Indian Medical Review
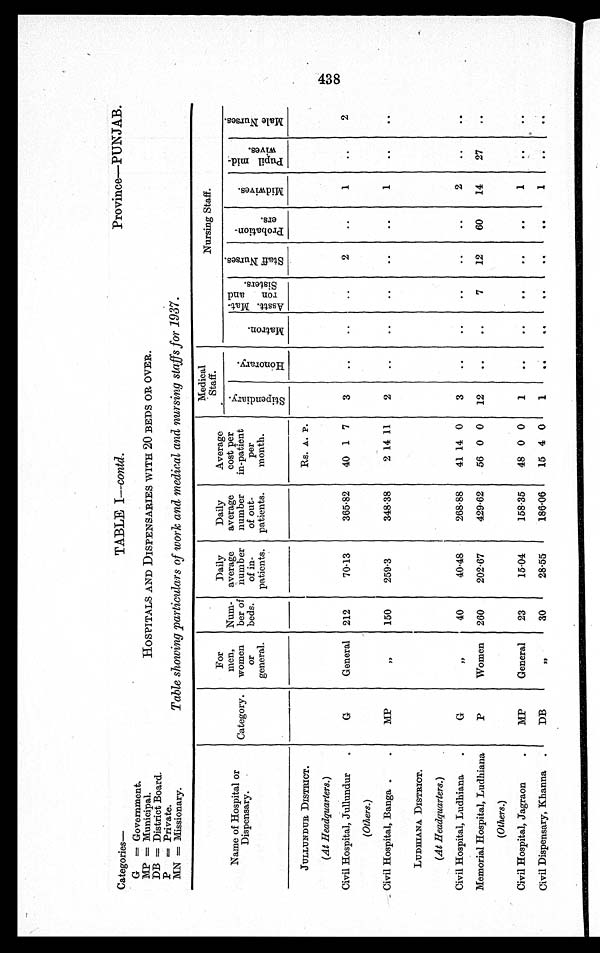
Categories—
TABLE I— contd.
Province—PUNJAB.
G = Government.
MP = Municipal.
HOSPITALS AND DISPENSARIES WITH 20 BEDS OR OVER.
DB = District Board.
P = Private.
MN = Missionary.
Table showing particulars of work and medical and nursing staffs for 1937.
Name of Hospital or
Dispensary.
Category.
For
men,
women
or
general.
Num-
ber of
beds.
Daily
average
number
of in-
patients.
Daily
average
number
of out-
patients.
Average
cost per
in-patient
per
month.
Medical
Staff.
Nursing Staff.
S t i p e n d i a r y .
H o n o r a r y .
M a t r o n .
A s s t t . M a t - r o n a n d S i s t e r s .
S t a f f N u r s e s .
P r o b a t i o n - e r s .
M i d w i v e s .
P u p i l m i d - w i v e s .
M a l e N u r s e s .
JULLUNDUR DISTRICT.
Rs. A. P.
( A t H e a d q u a r t e r s . )
Civil Hospital, Jullundur
G
General 212
70·13
365·82
40 1 7
3
..
..
..
2
..
1
..
2
(
O t h e r s .
)
Civil Hospital, Banga
MP
"
150
259·3
348·38
2 14 11
2
..
..
..
. .
. .
1
. .
. .
LUDHIANA DISTRICT.
( A t H e a d q u a r t e r s . )
Civil Hospital, Ludhiana
G
"
40
40·48
268·88
41 14 0
3
..
..
..
..
..
2
. .
. .
Memorial Hospital, Ludhiana P
Women 260
202.67
429·62
56 0 0 12
..
..
7
12
60
14
27
. .
(
O t h e r s .
)
Civil Hospital, Jagaron
MP
General
23
15·04
158·35
48 0 0
1
..
..
. .
. .
. .
1
..
. .
Civil Dispensary, Khanna
DB
"
30
28·55
186·06
15 4 0
1
..
..
..
. .
..
1
..
. .
14, =,
00